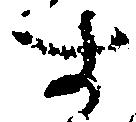
す